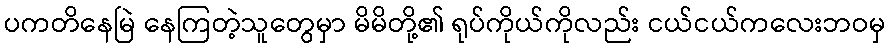
ပကတိနေမြဲ နေကြတဲ့သူတွေမှာ မိမိတို့၏ ရုပ်ကိုယ်ကိုလည်း ငယ်ငယ်ကလေးဘဝမှ